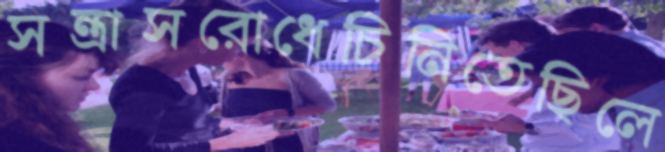
সন্ত্রাসরোধেচিনিতেছিলে